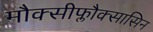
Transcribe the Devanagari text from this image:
मौक्सीफ्लौक्सासिन